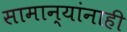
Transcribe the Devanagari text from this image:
सामान्यांनाही